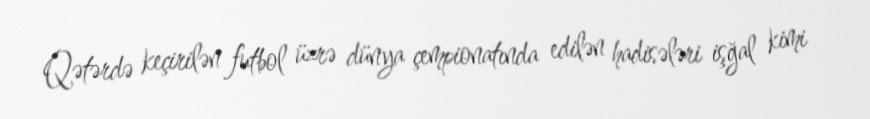
Qətərdə keçirilən futbol üzrə dünya çempionatında edilən hadisələri işğal kimi